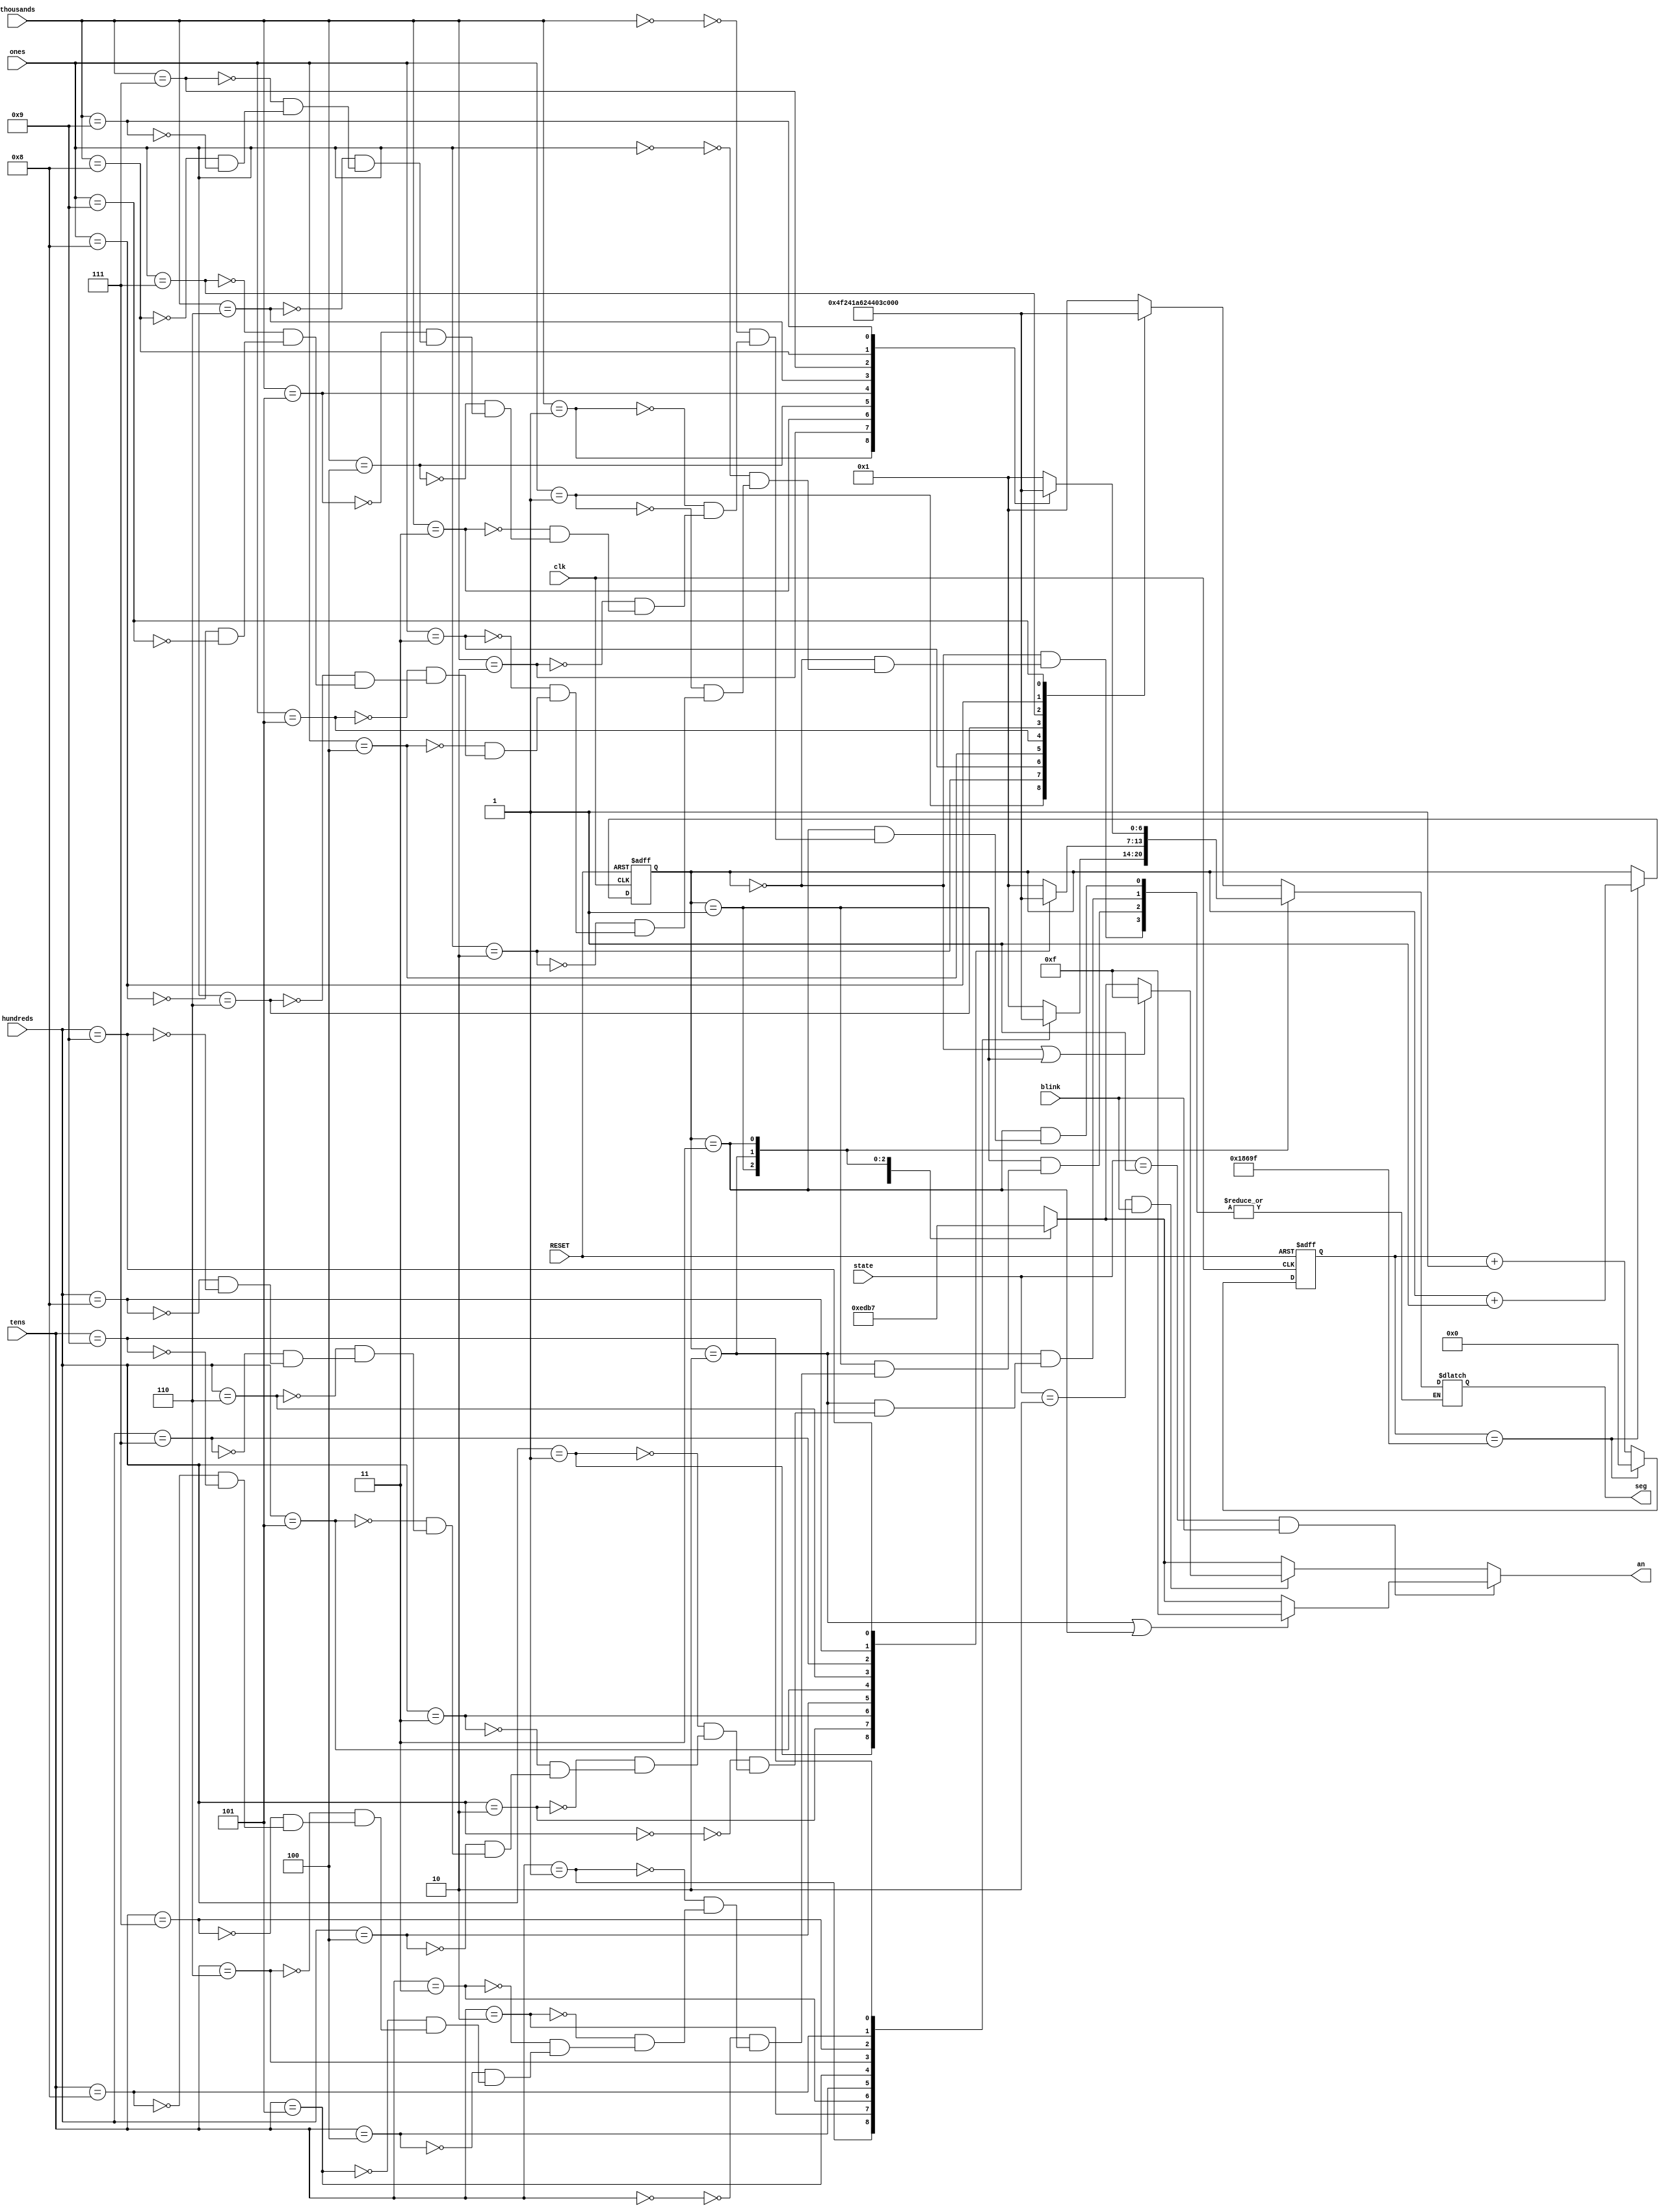
`timescale 1ns / 1ps
//////////////////////////////////////////////////////////////////////////////////
// Company: 
// Engineer: 
// 
// Design Name: 
// Module Name: segment
// Project Name: 
// Target Devices: 
// Tool Versions: 
// Description: 
// 
// Dependencies: 
// 
// Revision:
// Revision 0.01 - File Created
// Additional Comments:
// 
//////////////////////////////////////////////////////////////////////////////////

module segment(
    input clk,
    input blink,
    input RESET,
    input [2:0] state,
    input [3:0] ones,
    input [3:0] tens,
    input [3:0] hundreds,
    input [3:0] thousands,
    output reg [0:6] seg,   // segment pattern 0-9
    output reg [3:0] an     // digit select signals
);

    parameter adj_m = 3'd1;
    parameter adj_s = 3'd2;
    
    // segment patterns
    parameter ZERO  = 7'b000_0001;  // 0
    parameter ONE   = 7'b100_1111;  // 1
    parameter TWO   = 7'b001_0010;  // 2 
    parameter THREE = 7'b000_0110;  // 3
    parameter FOUR  = 7'b100_1100;  // 4
    parameter FIVE  = 7'b010_0100;  // 5
    parameter SIX   = 7'b010_0000;  // 6
    parameter SEVEN = 7'b000_1111;  // 7
    parameter EIGHT = 7'b000_0000;  // 8
    parameter NINE  = 7'b000_0100;  // 9
    
    // to select each digit in turn
    reg [1:0] select;     // for each of 4 digits
    reg [16:0] timer;     // counter for digit refresh
    
    // controlling digit select and digit timer
    always @(posedge clk or posedge RESET) begin
        if(RESET) begin
            select <= 0;
            timer <= 0;
        end
        else begin  // 4 ms refresh
            if(timer == 99_999) begin
                timer <= 0;
                select <=  select + 1;
            end
            else begin
                timer <=  timer + 1;
            end
        end
    end
    
    // determining anode based on selected digit
    always @(select) begin
        case(select) 
            2'b00 : an = 4'b1110;   // ones
            2'b01 : an = 4'b1101;   // tens
            2'b10 : an = 4'b1011;   // hundreds
            2'b11 : an = 4'b0111;   // thousands
        endcase
        // blinking 
        if (state == adj_m && blink) begin
            // minutes (thousands and hundreds)
            if (select == 2'b10 || select == 2'b11)
                an = 4'b1111;
        end
        else if (state == adj_s && blink) begin
            // seconds (tens and ones)
            if (select == 2'b00 || select == 2'b01)
                an = 4'b1111; 
        end
    end
    
    // determining segments based on selected digit and digit value
    always @* begin
        case(select)
            2'b00 : begin
                case(ones)
                    4'b0000 : seg = ZERO;
                    4'b0001 : seg = ONE;
                    4'b0010 : seg = TWO;
                    4'b0011 : seg = THREE;
                    4'b0100 : seg = FOUR;
                    4'b0101 : seg = FIVE;
                    4'b0110 : seg = SIX;
                    4'b0111 : seg = SEVEN;
                    4'b1000 : seg = EIGHT;
                    4'b1001 : seg = NINE;
                endcase
            end
                    
            2'b01 : begin
                case(tens)
                    4'b0000 : seg = ZERO;
                    4'b0001 : seg = ONE;
                    4'b0010 : seg = TWO;
                    4'b0011 : seg = THREE;
                    4'b0100 : seg = FOUR;
                    4'b0101 : seg = FIVE;
                    4'b0110 : seg = SIX;
                    4'b0111 : seg = SEVEN;
                    4'b1000 : seg = EIGHT;
                    4'b1001 : seg = NINE;
                endcase
            end
                    
            2'b10 : begin
                case(hundreds)
                    4'b0000 : seg = ZERO;
                    4'b0001 : seg = ONE;
                    4'b0010 : seg = TWO;
                    4'b0011 : seg = THREE;
                    4'b0100 : seg = FOUR;
                    4'b0101 : seg = FIVE;
                    4'b0110 : seg = SIX;
                    4'b0111 : seg = SEVEN;
                    4'b1000 : seg = EIGHT;
                    4'b1001 : seg = NINE;
                endcase
            end
                    
            2'b11 : begin
                case(thousands)
                    4'b0000 : seg = ZERO;
                    4'b0001 : seg = ONE;
                    4'b0010 : seg = TWO;
                    4'b0011 : seg = THREE;
                    4'b0100 : seg = FOUR;
                    4'b0101 : seg = FIVE;
                    4'b0110 : seg = SIX;
                    4'b0111 : seg = SEVEN;
                    4'b1000 : seg = EIGHT;
                    4'b1001 : seg = NINE;
                endcase
            end
        endcase
    end
        
endmodule